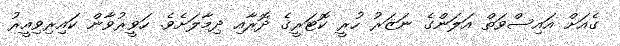
ގެއަށް އައިސްވަތް އަލަންގެ ނަޒަރު ހުރީ ކޮޓަރީގެ ދޮރާއި ދިމާލަށެވެ. ހަވީރުވާން ކައިރިވިއީރު